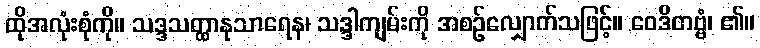
ထိုအလုံးစုံကို။ သဒ္ဒသတ္ထာနုသာရေန၊ သဒ္ဒါကျမ်းကို အစဉ်လျှောက်သဖြင့်။ ဝေဒိတဗ္ဗံ၊ ၏။